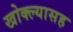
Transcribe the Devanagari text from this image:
खोक्ल्यासह